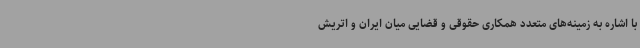
با اشاره به زمینه‌های متعدد همکاری حقوقی و قضایی میان ایران و اتریش